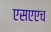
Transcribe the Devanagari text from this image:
एसएएच